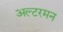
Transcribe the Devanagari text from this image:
अल्टरमन